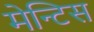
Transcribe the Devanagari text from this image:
मेन्टिस